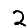
Digit: 2